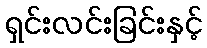
ရှင်းလင်းခြင်းနှင့်